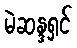
မဲဆန္ဒရှင်